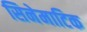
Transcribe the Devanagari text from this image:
सिनेमाटिक